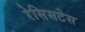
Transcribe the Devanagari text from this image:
रेसिसटेस